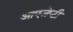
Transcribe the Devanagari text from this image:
आएजेप्टी